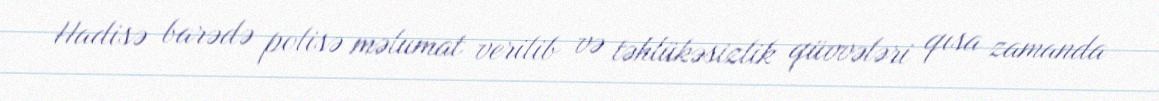
Hadisə barədə polisə məlumat verilib və təhlükəsizlik qüvvələri qısa zamanda